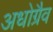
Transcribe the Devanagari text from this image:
अधोग्रैव